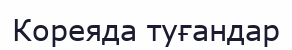
Кореяда туғандар